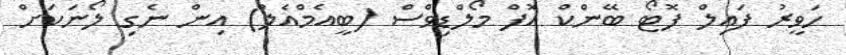
ހަވީރު ފައިލް ފޮޓޯ ބޭންކް އޮފް މޯލްޑިވްސް (ބީއެމްއެލް) އިން ނެގި ލޯނަކަށް